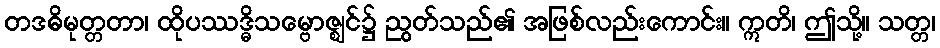
တဒဓိမုတ္တတာ၊ ထိုပဿဒ္ဓိသမ္ဗောဇ္ဈင်၌ ညွတ်သည်၏ အဖြစ်လည်းကောင်း။ ဣတိ၊ ဤသို့။ သတ္တ၊